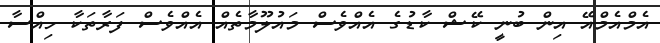
އެމްއެމްއޭ އިން ބުނީ ކޭޝް ކާޑުގެ އެއްވެސް މައުލޫމާތެއް އެއްވެސް ފަރާތަކާ ހިއްސާ